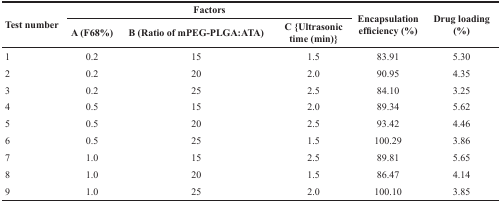
<table><thead><tr><td rowspan="2"><b>Test number</b></td><td colspan="3"><b>Factors</b></td><td rowspan="2"><b>Encapsulation efficiency (%)</b></td><td rowspan="2"><b>Drug loading (%)</b></td></tr><tr><td><b>A (F68%)</b></td><td><b>B (Ratio of mPEG-PLGA:ATA)</b></td><td><b>C {Ultrasonic time (min)}</b></td></tr></thead><tbody><tr><td>1</td><td>0.2</td><td>15</td><td>1.5</td><td>83.91</td><td>5.30</td></tr><tr><td>2</td><td>0.2</td><td>20</td><td>2.0</td><td>90.95</td><td>4.35</td></tr><tr><td>3</td><td>0.2</td><td>25</td><td>2.5</td><td>84.10</td><td>3.25</td></tr><tr><td>4</td><td>0.5</td><td>15</td><td>2.0</td><td>89.34</td><td>5.62</td></tr><tr><td>5</td><td>0.5</td><td>20</td><td>2.5</td><td>93.42</td><td>4.46</td></tr><tr><td>6</td><td>0.5</td><td>25</td><td>1.5</td><td>100.29</td><td>3.86</td></tr><tr><td>7</td><td>1.0</td><td>15</td><td>2.5</td><td>89.81</td><td>5.65</td></tr><tr><td>8</td><td>1.0</td><td>20</td><td>1.5</td><td>86.47</td><td>4.14</td></tr><tr><td>9</td><td>1.0</td><td>25</td><td>2.0</td><td>100.10</td><td>3.85</td></tr></tbody></table>